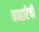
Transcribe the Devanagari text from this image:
नव्हारेची